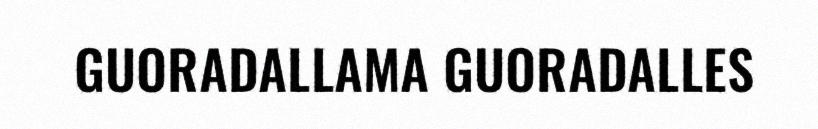
GUORADALLAMA GUORADALLES